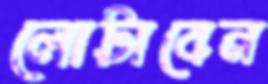
লোটাবেন